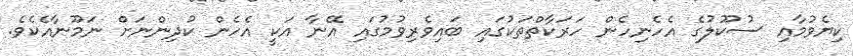
ކިޔެވުމާއި ސުކޫލުގެ އެހެނިހެން ހަރަކާތްތަކުގައި ބައިވެރިވުމުގައި އޭނާ އަކީ އެހެން ކުދިންނަށް ނަމޫނާއެކެވެ.